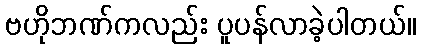
ဗဟိုဘဏ်ကလည်း ပူပန်လာခဲ့ပါတယ်။